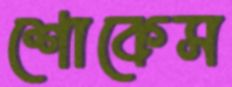
শোকেস